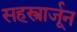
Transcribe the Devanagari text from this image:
सहस्त्रार्जून